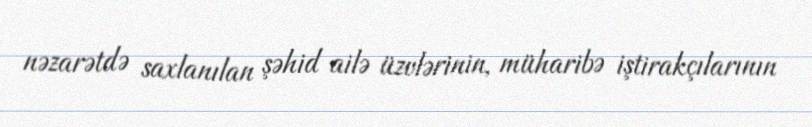
nəzarətdə saxlanılan şəhid ailə üzvlərinin, müharibə iştirakçılarının